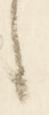
々